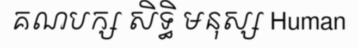
គណបក្ស សិទ្ធិ មនុស្ស Human